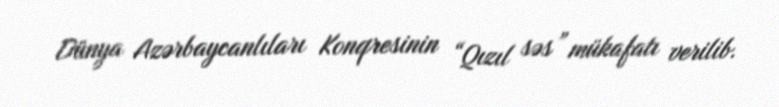
Dünya Azərbaycanlıları Konqresinin “Qızıl səs” mükafatı verilib.